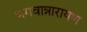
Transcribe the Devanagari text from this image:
भगवान्नारायण